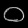
Digit: ၀